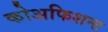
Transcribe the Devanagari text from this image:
कोअफिशन्ट